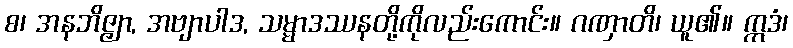
စ၊ အနဘိဇ္ဇျာ, အဗျာပါဒ, သမ္မာဒဿနတို့ကိုလည်းကောင်း။ ဂဏှာတိ၊ ယူ၏။ ဣဒံ၊